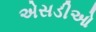
એસડીઓ